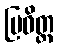
ဗြဝိတ္ထ